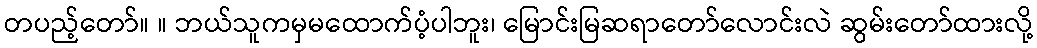
တပည့်တော်။ ။ ဘယ်သူကမှမထောက်ပံ့ပါဘူး၊ မြောင်းမြဆရာတော်လောင်းလဲ ဆွမ်းတော်ထားလို့